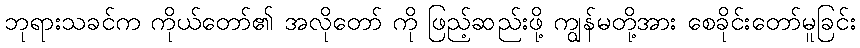
ဘုရားသခင်က ကိုယ်တော်၏ အလိုတော် ကို ဖြည့်ဆည်းဖို့ ကျွန်မတို့အား စေခိုင်းတော်မူခြင်း